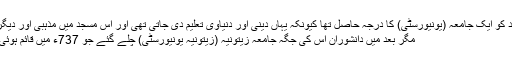
ایک زمانے میں اس مسجد کو ایک جامعہ (یونیورسٹی) کا درجہ حاصل تھا کیونکہ یہاں دینی اور دنیاوی تعلیم دی جاتی تھی اور اس مسجد میں مذہبی اور دیگر دانشور اکٹھا ہوتے تھے
مگر بعد میں دانشوران اس کی جگہ جامعہ زیتونیہ (زیتونیہ یونیورسٹی) چلے گئے جو 737ء میں قائم ہوئی تھی اور آج بھی قائم ہے۔